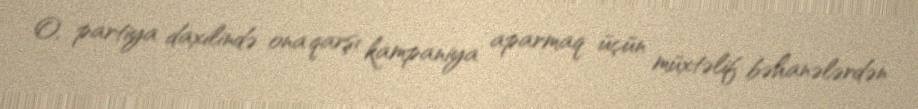
O, partiya daxilində ona qarşı kampaniya aparmaq üçün müxtəlif bəhanələrdən